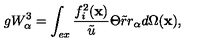
g W _ { \alpha } ^ { 3 } = \int _ { e x } \frac { f _ { i } ^ { 2 } ( \mathbf { x } ) } { \tilde { u } } \Theta \tilde { r } r _ { \alpha } d \Omega ( \mathbf { x } ) ,